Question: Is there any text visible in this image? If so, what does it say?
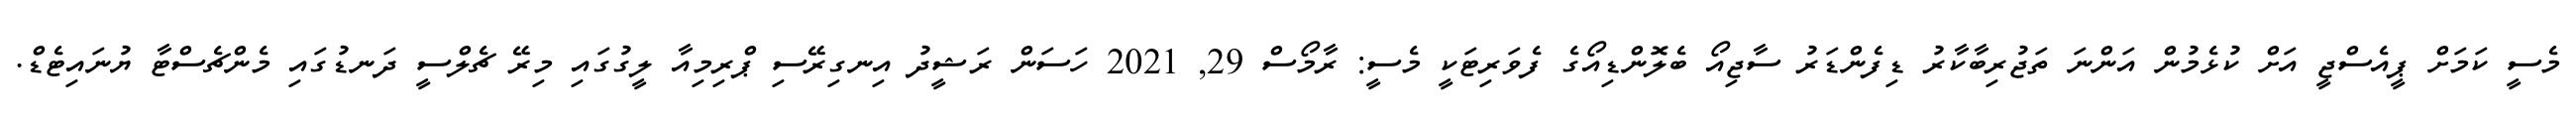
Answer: މެސީ ކަމަށް ޕީއެސްޖީ އަށް ކުޅެމުން އަންނަ ތަޖުރިބާކާރު ޑިފެންޑަރު ސާޖިއޯ ބެލޮންޑިއޯގެ ފެވަރިޓަކީ މެސީ: ރާމޯސް 29, 2021 ހަސަން ރަޝީދު އިނގިރޭސި ޕްރިމިއާ ލީގުގައި މިރޭ ޗެލްސީ ދަނޑުގައި މެންޗެސްޓާ ޔުނައިޓެޑް.